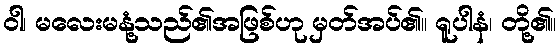
ဝါ၊ မလေးမနုံ့သည်၏အဖြစ်ဟု မှတ်အပ်၏။ ရူပါနံ၊ တို့၏။